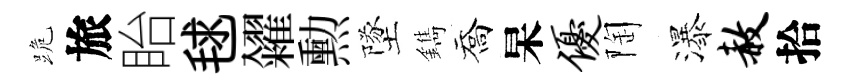
跪旅眙毬糴勲墜鐫喬杲优陶瀑赦拾